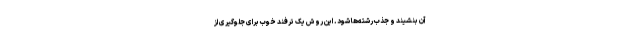
آن بنشیند و جذب رشته‌ها شود. این روش یک ترفند خوب برای جلوگیری از